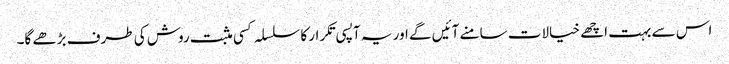
اس سے بہت اچھے خیالات سامنے آئیں گے اور یہ آپسی تکرار کا سلسلہ کسی مثبت روش کی طرف بڑھے گا۔